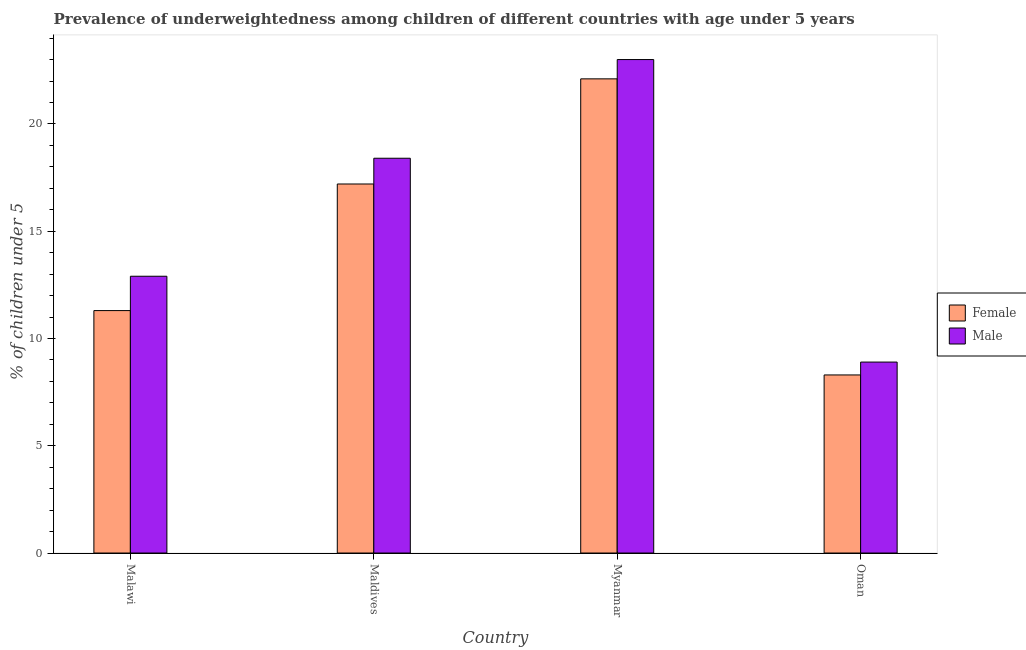
| Country | Female | Male |
 | --- | --- | --- |
 | Malawi | 11.3 | 12.9 |
 | Maldives | 17.2 | 18.4 |
 | Myanmar | 22.1 | 23 |
 | Oman | 8.3 | 8.9 |